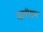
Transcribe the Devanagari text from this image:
मानीराम